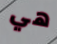
هي